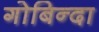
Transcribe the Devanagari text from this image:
गोबिन्दा